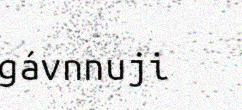
gávnnuji